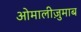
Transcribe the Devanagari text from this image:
ओमालीज़ुमाब